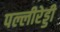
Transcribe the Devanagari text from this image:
पल्लीरेड्डी